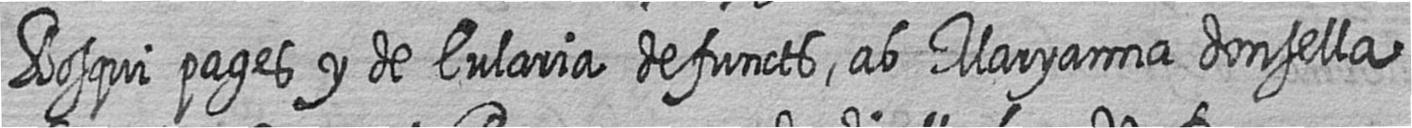
Bosqui pages y de Eularia defuncts ab Maryanna donsella